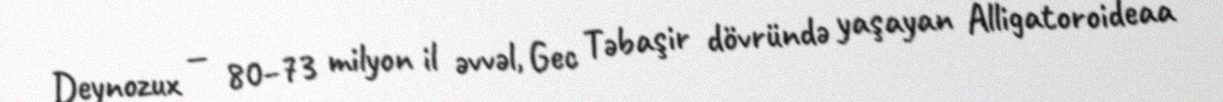
Deynozux — 80–73 milyon il əvvəl, Gec Təbaşir dövründə yaşayan Alligatoroideaa